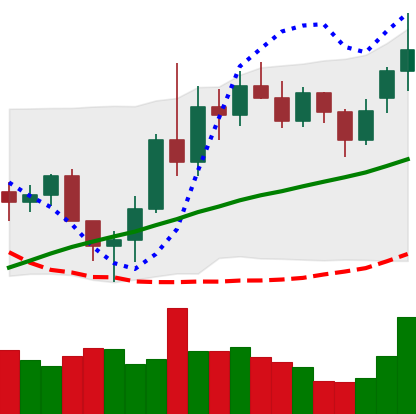
Ticker: LINK-USD
Chart end date: 2020-11-18
Forward return: 12.344%
Label: up_7plus